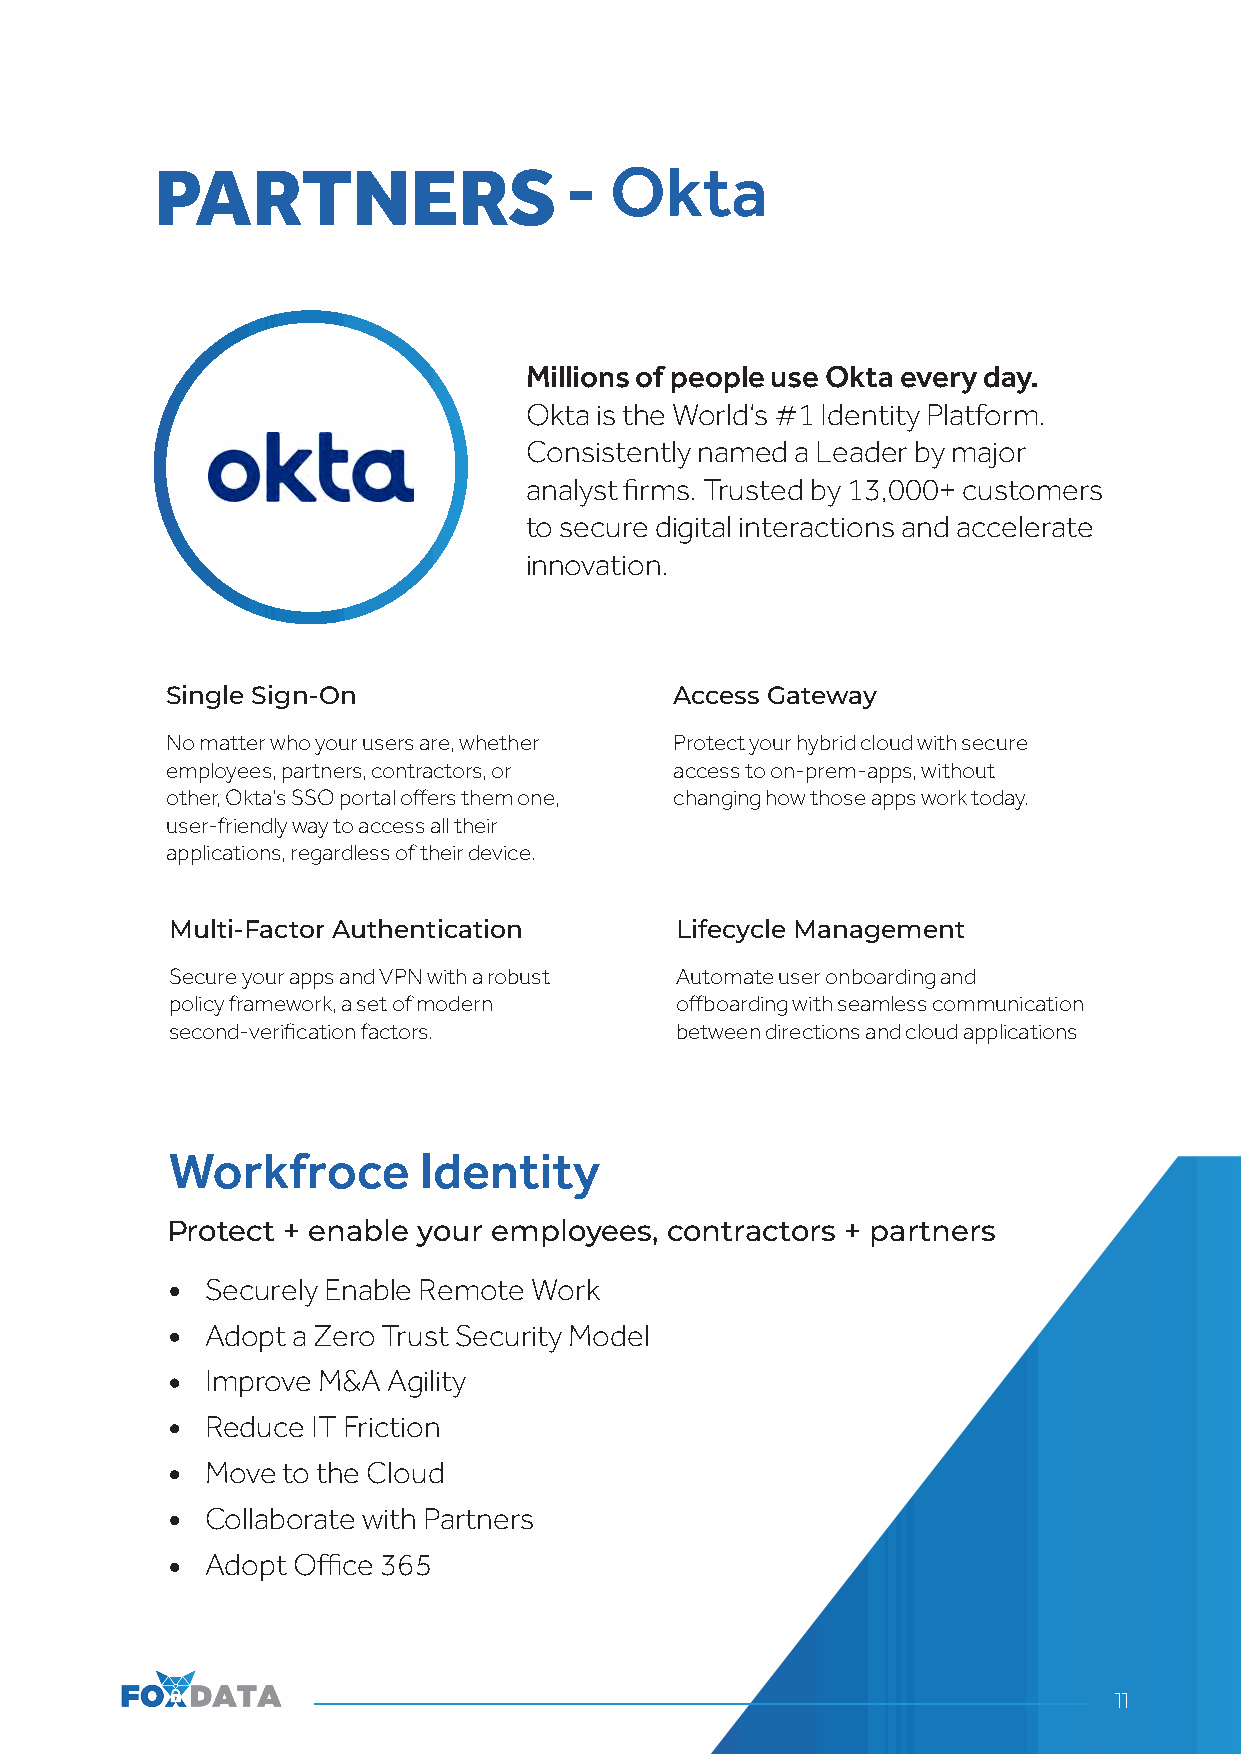
PARTNERS                   -  Okta
 Millions of people use Okta every day.
 Okta is the World’s #1 Identity Platform.
 Consistently named a Leader by major
 analyst firms. Trusted by 13,000+ customers
 to secure digital interactions and accelerate
 innovation.
 Single Sign-On                    Access Gateway
 No matter who your users are, whether Protect your hybrid cloud with secure
 employees, partners, contractors, or access to on-prem-apps, without
 other, Okta’s SSO portal offers them one, changing how those apps work today.
 user-friendly way to access all their
 applications, regardless of their device.
 Multi-Factor Authentication       Lifecycle Management
 Secure your apps and VPN with a robust Automate user onboarding and
 policy framework, a set of modern offboarding with seamless communication
 second-verification factors.      between directions and cloud applications
 Workfroce        Identity
 Protect + enable your employees, contractors + partners
 Securely Enable Remote Work
 Adopt a Zero Trust Security Model
 Improve M&A Agility
 Reduce IT Friction
 Move to the Cloud
 Collaborate with Partners
 Adopt Office 365
 11